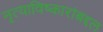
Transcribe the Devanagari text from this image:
नृत्याविष्कारांबद्दल